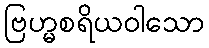
ဗြဟ္မစရိယဝါသော